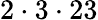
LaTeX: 2\cdot 3\cdot 23